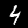
Digit: 4